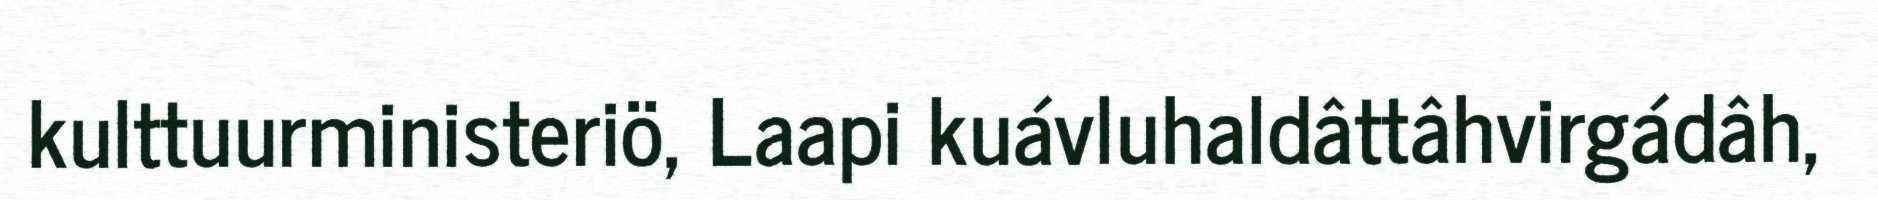
kulttuurministeriö, Laapi kuávluhaldâttâhvirgádâh,